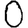
Digit: 0